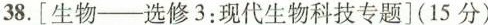
38.[生物--选修3：现代生物科技专题](15分)